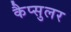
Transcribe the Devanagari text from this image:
कैप्सुलर